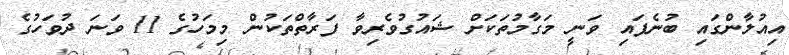
އިއުލާންގައި ބުނެފައި ވަނީ މަގާމުތަކަށް ޝައުގުވެރިވާ ފަރާތްތަކުން މިމަހުގެ 11 ވަނަ ދުވަހުގެ